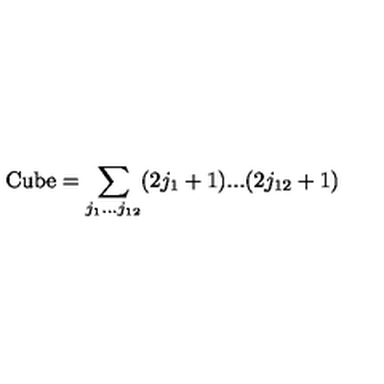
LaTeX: \mathrm { C u b e } = \sum _ { j _ { 1 } . . . j _ { 1 2 } } ( 2 j _ { 1 } + 1 ) . . . ( 2 j _ { 1 2 } + 1 )